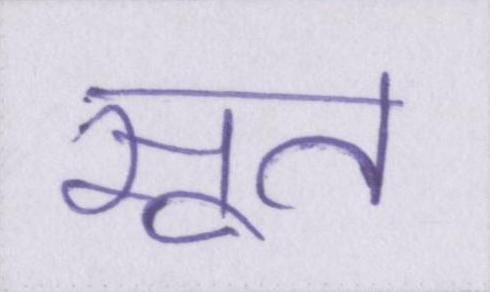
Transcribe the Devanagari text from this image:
सूत